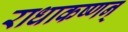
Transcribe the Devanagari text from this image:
राधाकष्णन्